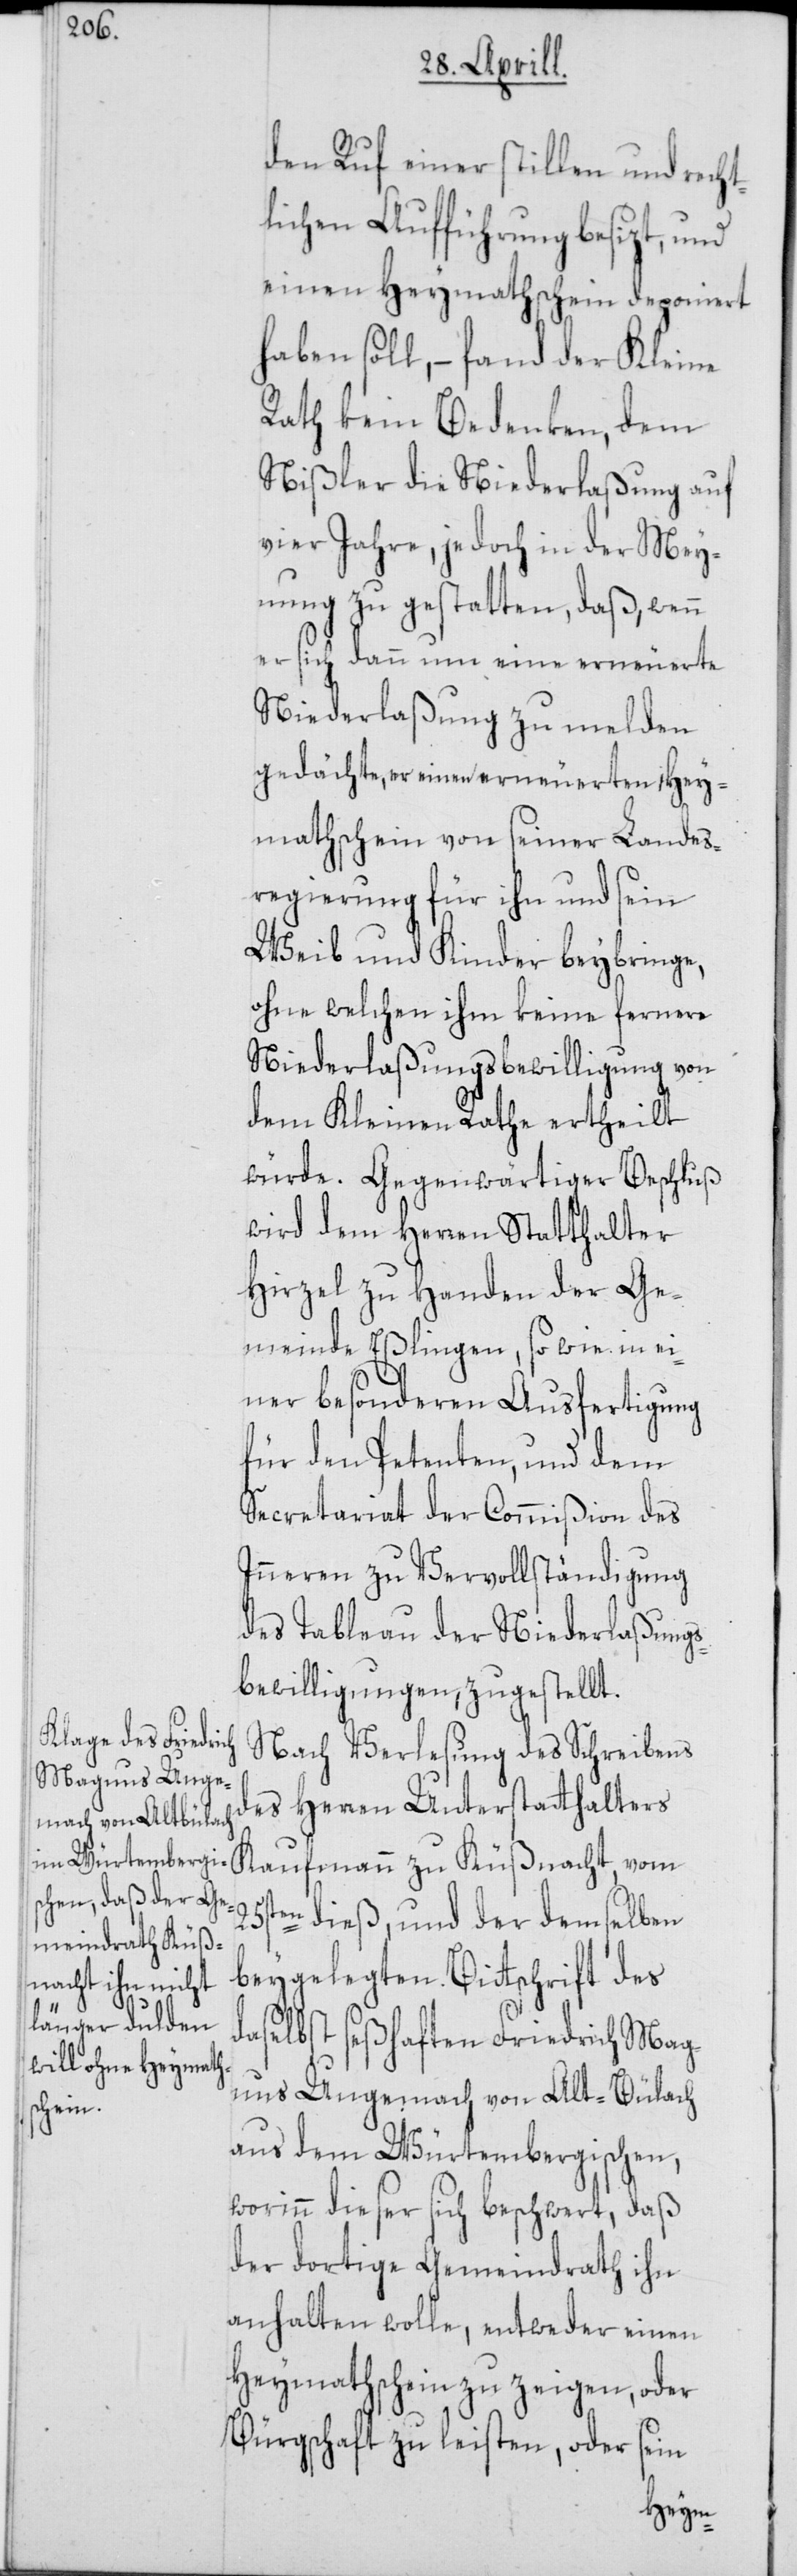
den Ruf einer stillen und recht¬
lichen Aufführung besizt, und
einen Heymathschein deponiert
haben soll, – fand der Kleine
Rath kein Bedenken, dem
Nißler die Niederlaßung auf
vier Jahre, jedoch in der Mey¬
nung zu gestatten, daß, wenn
er sich dann um eine erneuerte
Niederlaßung zu melden
gedächte, er einen erneuerten, Hey¬
mathschein von seiner Landes¬
regierung für ihn und sein
Weib und Kinder beybringe,
ohne welchen ihm keine fernere
Niederlaßungsbewilligung von
dem Kleinen Rathe ertheilt
würde. Gegenwärtiger Beschluß
wird dem Herren Statthalter
Hirzel zu Handen der Ge¬
meinde Eßlingen, so wie in ei¬
ner besonderen Ausfertigung
für den Petenten, und dem
Secretariat der Commißion des
Inneren zu Vervollständigung
des Tableau der Niederlaßungs¬
bewilligungen, zugestellt.
Nach Verlesung des Schreibens
des Herren Unterstatthalters
Kaufmann zu Küßnacht, vom
25sten dieß, und der demselben
beygelegten Bittschrift des
daselbst seßhaften Friedrich Mag¬
nus Ungemach von Alt-Bülach
aus dem Würtembergischen,
worinn dieser sich beschwert, daß
der dortige Gemeindrath ihn
anhalten wolle, entweder einen
Heymathschein zu zeigen, oder
Bürgschaft zu leisten, oder sein